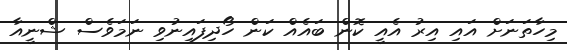
މިހާތަނަށް އައި އިރު އެއީ ކޮން ބައެއް ކަން ހޯދިފައިނުވި ނަމަވެސް ޝްނީއާ